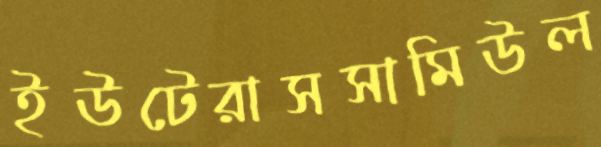
ইউটেরাসসামিউল